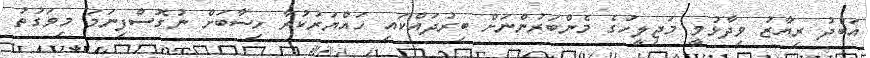
އަބްދު ރިޔާޒު ވިދާޅުވީ މަޖިލީހުގެ މެންބަރުންނަށް ބިރުދައްކައި ހައްޔަރުކުރާ ހިސާބަށް ނުގޮސްފިނަމަ މިވަގުތު